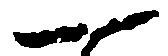
一